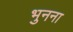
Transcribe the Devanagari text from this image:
भुनना